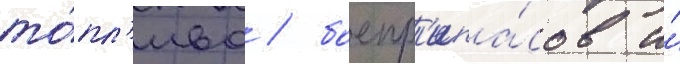
то́пл'ива / боепр'ипа́сов и́